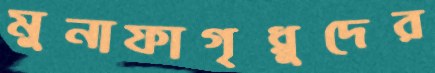
মুনাফাগৃধ্নুদের